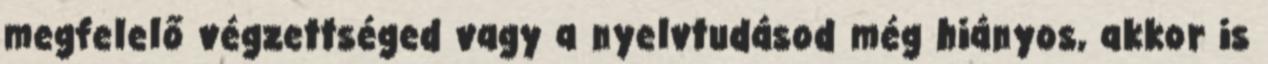
megfelelő végzettséged vagy a nyelvtudásod még hiányos, akkor is